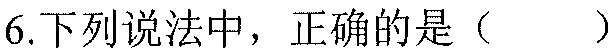
6.下列说法中，正确的是（  ）